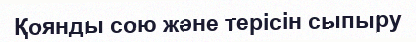
Қоянды сою және терісін сыпыру